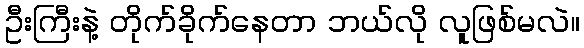
ဦးကြီးနဲ့ တိုက်ခိုက်နေတာ ဘယ်လို လူဖြစ်မလဲ။